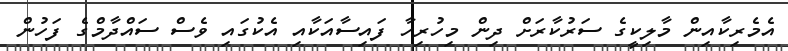
އެމެރިކާއިން މާލިކީގެ ސަރުކާރަށް ދިން މިހުރިހާ ފައިސާއަކާއި އެކުގައި ވެސް ސައްދާމްގެ ފަހުން